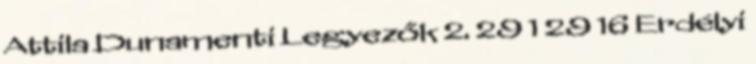
Attila Dunamenti Legyezők 2. 29 1 29 16 Erdélyi